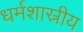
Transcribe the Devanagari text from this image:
धर्मशास्रीय